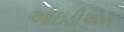
આઇડીએસ